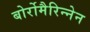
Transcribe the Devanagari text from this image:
बोर्रोमैरिन्नेन